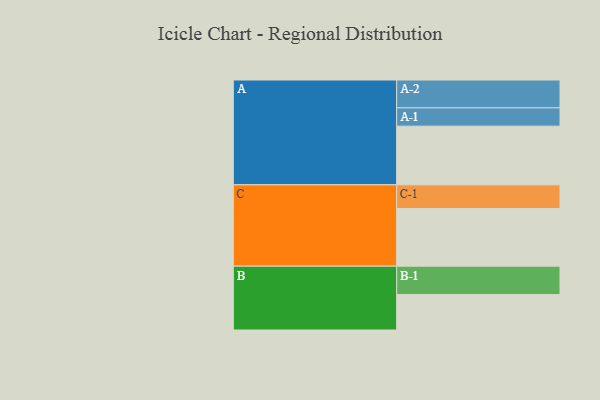
{"axis": {"x": "Segment", "y": "Value"}, "legend": ["", "A", "B", "C"], "data": [{"x": "A", "y": 545, "type": ""}, {"x": "B", "y": 329, "type": ""}, {"x": "C", "y": 536, "type": ""}, {"x": "A-1", "y": 170, "type": "A"}, {"x": "A-2", "y": 259, "type": "A"}, {"x": "B-1", "y": 264, "type": "B"}, {"x": "C-1", "y": 220, "type": "C"}]}